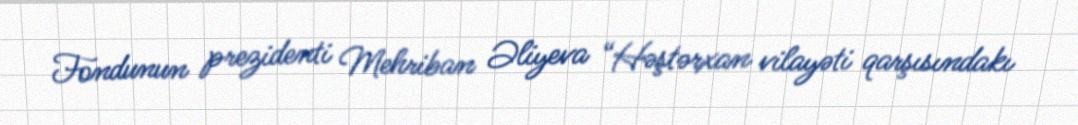
Fondunun prezidenti Mehriban Əliyeva “Həştərxan vilayəti qarşısındakı